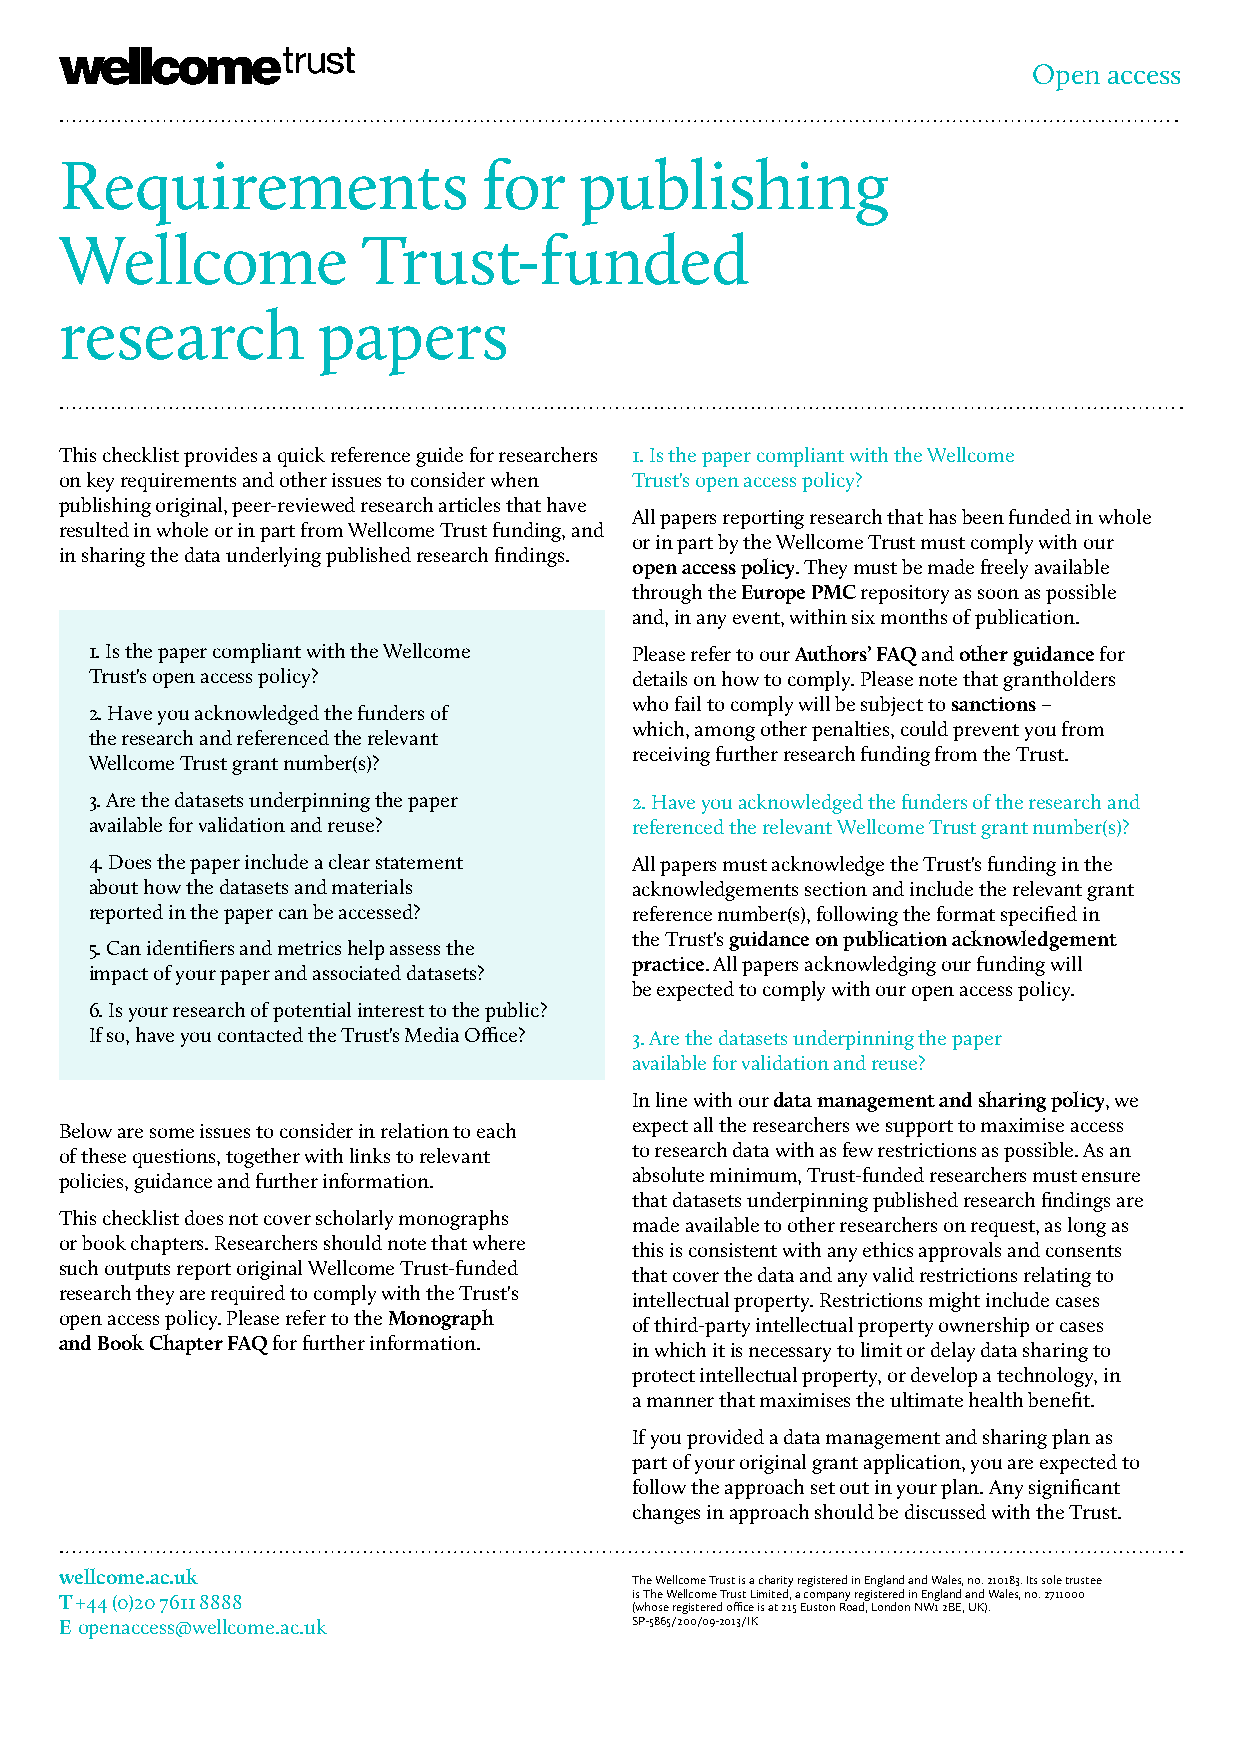
Open access
 Requirements                for   publishing
 Wellcome            Trust-funded
 research         papers
 This checklist provides a quick reference guide for researchers 1. Is the paper compliant with the Wellcome
 on key requirements and other issues to consider when Trust's open access policy?
 publishing original, peer-reviewed research articles that have
 All papers reporting research that has been funded in whole
 resulted in whole or in part from Wellcome Trust funding, and
 or in part by the Wellcome Trust must comply with our
 in sharing the data underlying published research findings.
 open access policy. They must be made freely available
 through the Europe PMC repository as soon as possible
 and, in any event, within six months of publication.
 1. Is the paper compliant with the Wellcome Please refer to our Authors’ FAQ and other guidance for
 Trust's open access policy?         details on how to comply. Please note that grantholders
 who fail to comply will be subject to sanctions –
 2. Have you acknowledged the funders of
 which, among other penalties, could prevent you from
 the research and referenced the relevant
 receiving further research funding from the Trust.
 Wellcome Trust grant number(s)?
 3. Are the datasets underpinning the paper 2. Have you acknowledged the funders of the research and
 available for validation and reuse? referenced the relevant Wellcome Trust grant number(s)?
 4. Does the paper include a clear statement All papers must acknowledge the Trust's funding in the
 about how the datasets and materials acknowledgements section and include the relevant grant
 reported in the paper can be accessed? reference number(s), following the format specified in
 the Trust's guidance on publication acknowledgement
 5. Can identifiers and metrics help assess the
 practice. All papers acknowledging our funding will
 impact of your paper and associated datasets?
 be expected to comply with our open access policy.
 6. Is your research of potential interest to the public?
 If so, have you contacted the Trust's Media Office? 3. Are the datasets underpinning the paper
 available for validation and reuse?
 In line with our data management and sharing policy, we
 expect all the researchers we support to maximise access
 Below are some issues to consider in relation to each
 to research data with as few restrictions as possible. As an
 of these questions, together with links to relevant
 absolute minimum, Trust-funded researchers must ensure
 policies, guidance and further information.
 that datasets underpinning published research findings are
 This checklist does not cover scholarly monographs
 made available to other researchers on request, as long as
 or book chapters. Researchers should note that where
 this is consistent with any ethics approvals and consents
 such outputs report original Wellcome Trust-funded
 that cover the data and any valid restrictions relating to
 research they are required to comply with the Trust's
 intellectual property. Restrictions might include cases
 open access policy. Please refer to the Monograph
 of third-party intellectual property ownership or cases
 and Book Chapter FAQ for further information.
 in which it is necessary to limit or delay data sharing to
 protect intellectual property, or develop a technology, in
 a manner that maximises the ultimate health benefit.
 If you provided a data management and sharing plan as
 part of your original grant application, you are expected to
 follow the approach set out in your plan. Any significant
 changes in approach should be discussed with the Trust.
 wellcome.ac.uk                        The Wellcome Trust is a charity registered in England and Wales, no. 210183. Its sole trustee
 T +44 (0)20 7611 8888                 is The Wellcome Trust Limited, a company registered in England and Wales, no. 2711000
 (whose registered office is at 215 Euston Road, London NW1 2BE, UK).
 E openaccess@wellcome.ac.uk           SP-5865/200/09-2013/IK